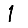
Digit: 1